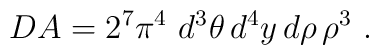
DA = 2^7\pi^4~ d^3\theta\, d^4y\, d\rho\,\rho^3 ~.